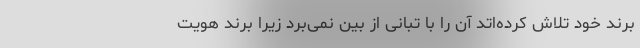
برند خود تلاش کرده‌اتد آن را با تبانی از بین نمی‌برد زیرا برند هویت